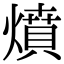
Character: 燌